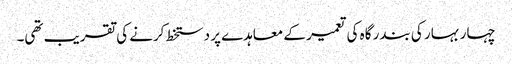
چہار بہار کی بندر گاہ کی تعمیر کے معاہدے پر دستخط کرنے کی تقریب تھی۔